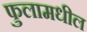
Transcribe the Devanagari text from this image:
फुलामधील